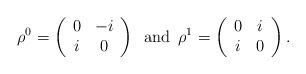
\begin{align*}\rho^0 = \left( \begin{array}{cc} 0 & -i \\ i & 0\end{array}\right)\,\,\, \mbox{and}\,\,\, \rho^1 = \left( \begin{array}{cc} 0 & i \\ i & 0\end{array}\right) .\end{align*}